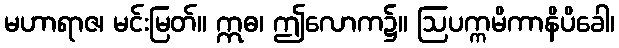
မဟာရာဇ၊ မင်းမြတ်။ ဣဓ၊ ဤလောက၌။ ဩပက္ကမိကာနိပိခေါ၊